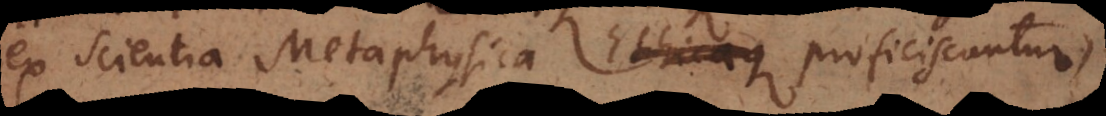
ex scientia Metaphysica proficiscuntur,